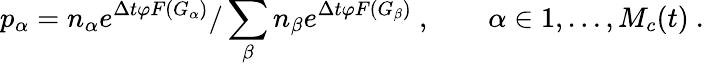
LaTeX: p_{\alpha}=n_{\alpha}e^{\Delta t\varphi F(G_{\alpha})}/\sum_{\beta}n_{\beta}e^{\Delta t\varphi F(G_{\beta})}\ ,\qquad\alpha\in 1,\dots,M_{c}(t)\ .